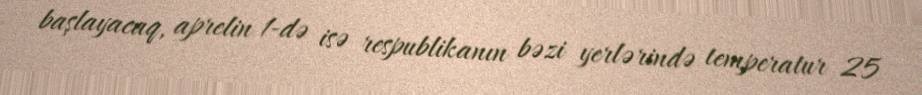
başlayacaq, aprelin 1-də isə respublikanın bəzi yerlərində temperatur 25